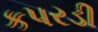
કપરડી